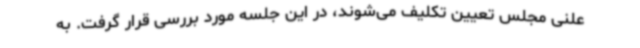
علنی مجلس تعیین تکلیف می‌شوند، در این جلسه مورد بررسی قرار گرفت. به